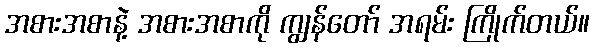
အစားအစာနဲ့ အစားအစာကို ကျွန်တော် အရမ်း ကြိုက်တယ်။